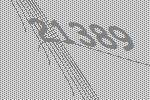
21389